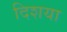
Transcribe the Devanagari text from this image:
दिशया